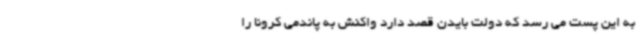
به این پست می رسد که دولت بایدن قصد دارد واکنش به پاندمی کرونا را